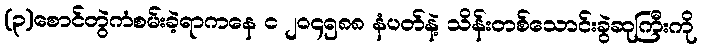
(၃)စောင်တွဲကံစမ်းခဲ့ရာကနေ င ၂၀၄၅၈၈ နံပတ်နဲ့ သိန်းတစ်သောင်းခွဲဆုကြီးကို